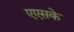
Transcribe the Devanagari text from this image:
एएसके